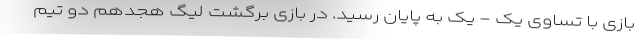
بازی با تساوی یک - یک به پایان رسید. در بازی برگشت لیگ هجدهم دو تیم